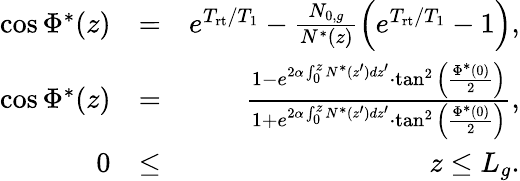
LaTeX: \begin{array}{rlr}{\cos\Phi^{*}(z)}&{=}&{e^{T_{\mathrm{rt}}/T_{1}}-\frac{N_{0,g}}{N^{*}(z)}\Big(e^{T_{\mathrm{rt}}/T_{1}}-1\Big),}\\ {\cos\Phi^{*}(z)}&{=}&{\frac{1-e^{2\alpha\int_{0}^{z}N^{*}(z^{\prime})dz^{\prime}}\cdot\tan^{2}\Big(\frac{\Phi^{*}(0)}{2}\Big)}{1+e^{2\alpha\int_{0}^{z}N^{*}(z^{\prime})dz^{\prime}}\cdot\tan^{2}\Big(\frac{\Phi^{*}(0)}{2}\Big)},}\\ {0}&{\le}&{z\le L_{g}.}\end{array}